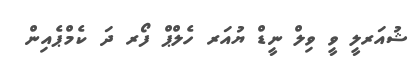
ޝުއަރލީ ވީ ވިލް ނީޑް ޔުއަރ ހެލްޕް ފޯރ ދަ ކެމްޕެއިން